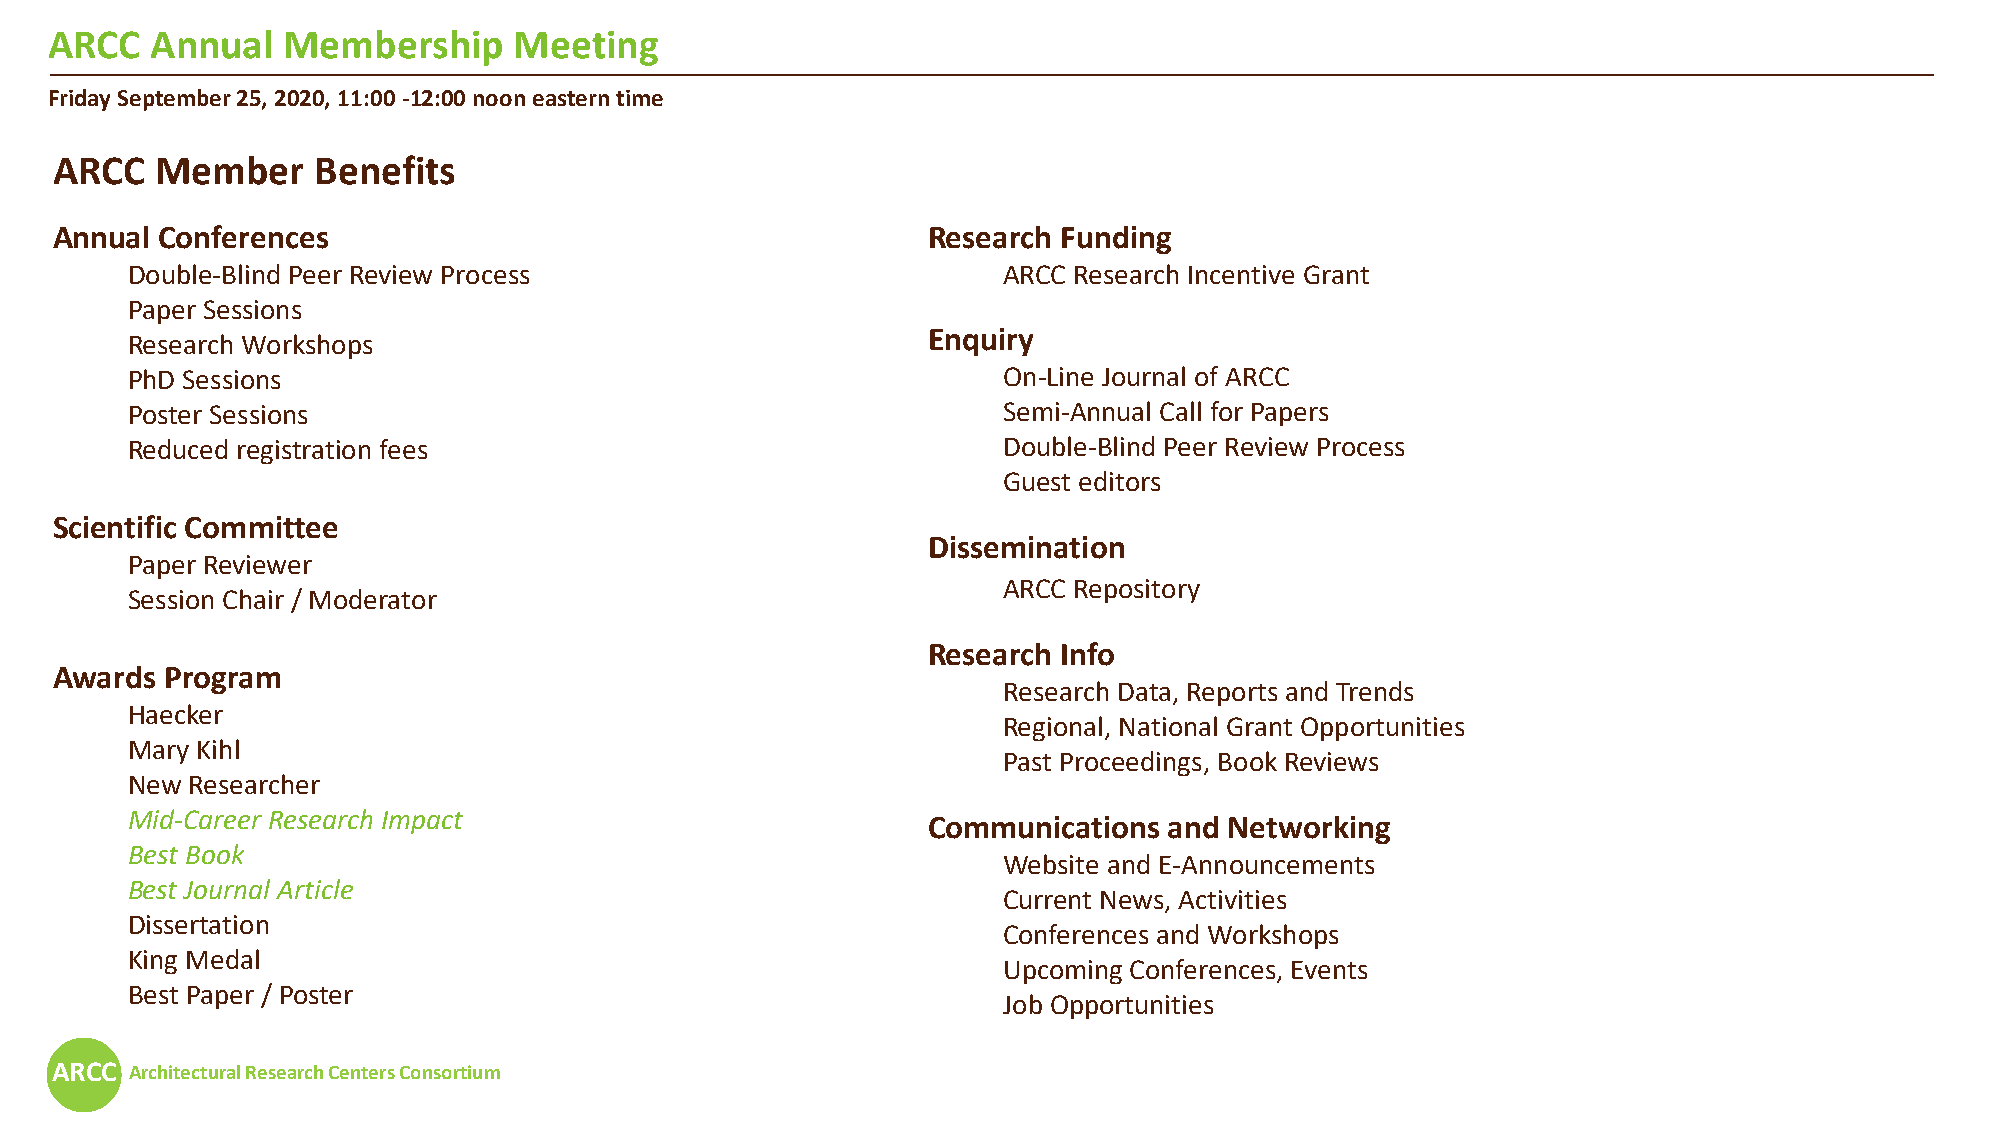
ARCC   Annual   Membership     Meeting
 Friday September 25, 2020, 11:00 -12:00 noon eastern time
 ARCC  Member     Benefits
 Annual  Conferences                                       Research Funding
 Double-Blind Peer Review Process                          ARCC Research Incentive Grant
 Paper Sessions
 Research Workshops                                   Enquiry
 PhD Sessions                                              On-Line Journal of ARCC
 Poster Sessions                                           Semi-Annual Call for Papers
 Reduced registration fees                                 Double-Blind Peer Review Process
 Guest editors
 Scientific Committee
 Dissemination
 Paper Reviewer
 ARCC Repository
 Session Chair / Moderator
 Research Info
 Awards  Program
 Research Data, Reports and Trends
 Haecker
 Regional, National Grant Opportunities
 Mary Kihl
 Past Proceedings, Book Reviews
 New Researcher
 Mid-Career Research Impact
 Communications  and Networking
 Best Book
 Website and E-Announcements
 Best Journal Article
 Current News, Activities
 Dissertation
 Conferences and Workshops
 King Medal
 Upcoming Conferences, Events
 Best Paper / Poster
 Job Opportunities
 ARCC  Architectural Research Centers Consortium